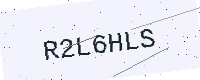
Text: R2L6HLS